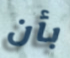
بأن